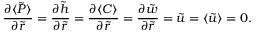
\frac { \partial \langle \tilde { P } \rangle } { \partial \tilde { r } } = \frac { \partial \tilde { h } } { \partial \tilde { r } } = \frac { \partial \langle C \rangle } { \partial \tilde { r } } = \frac { \partial \tilde { w } } { \partial \tilde { r } } = \tilde { u } = \langle \tilde { u } \rangle = 0 .